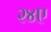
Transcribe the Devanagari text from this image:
२४ए